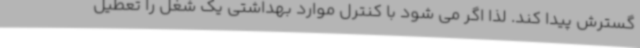
گسترش پیدا کند. لذا اگر می شود با کنترل موارد بهداشتی یک شغل را تعطیل